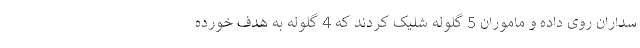
سداران روی داده و ماموران 5 گلوله شلیک کردند که 4 گلوله به هدف خورده